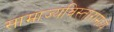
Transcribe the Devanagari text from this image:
साम्राज्यविस्तारामध्ये